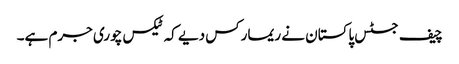
چیف جسٹس پاکستان نے ریمارکس دیے کہ ٹیکس چوری جرم ہے۔